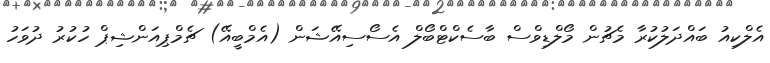
އެލްކިއު ބައްދަލުކުރާ މެޗުން މޯލްޑިވްސް ބާސެކްޓްބޯލް އެސޯސިއޭޝަން (އެމްބީއޭ) ޗެމްޕިއަންޝިޕް ހުކުރު ދުވަހު